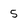
Character: 5